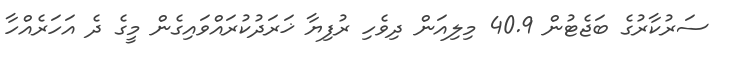
ސަރުކާރުގެ ބަޖެޓުން 40.9 މިލިއަން ދިވެހި ރުފިޔާ ޚަރަދުކުރައްވައިގެން މީގެ ދެ އަހަރެއްހާ